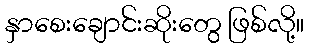
နှာစေးချောင်းဆိုးတွေ ဖြစ်လို့။